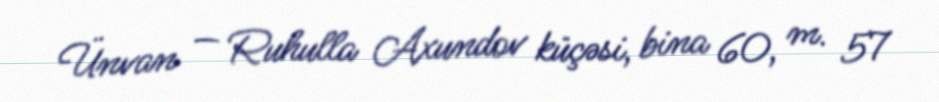
Ünvan — Ruhulla Axundov küçəsi, bina 60, m. 57